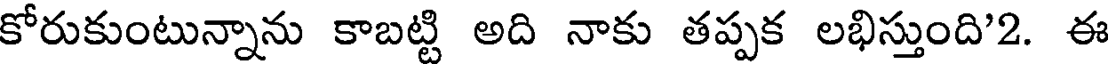
కోరుకుంటున్నాను కాబట్టి అది నాకు తప్పక లభిస్తుంది'2. ఈ